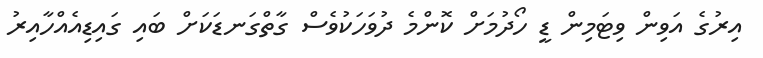
އިރުގެ އަވިން ވިޓަމިން ޑީ ހޯދުމަށް ކޮންމެ ދުވަހަކުވެސް ގާތްގަނޑަކަށް ބައި ގައިޑިއެއްހާއިރު